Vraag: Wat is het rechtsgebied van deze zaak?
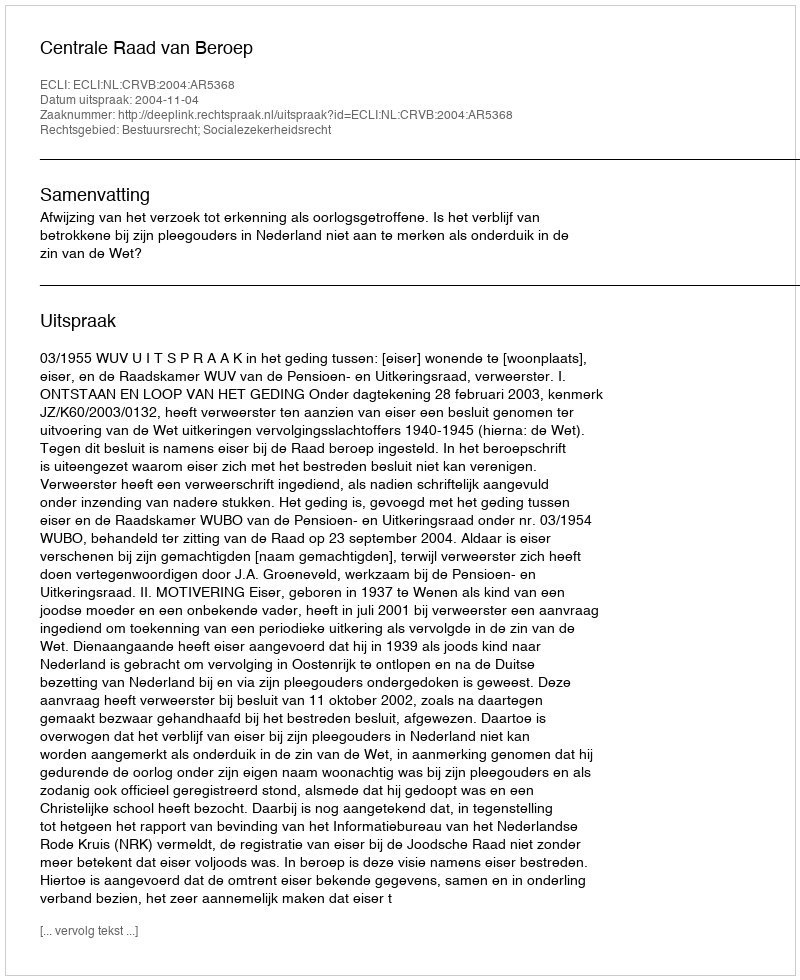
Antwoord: Bestuursrecht; Socialezekerheidsrecht